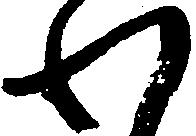
わ